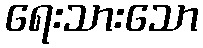
ရေးသားသော